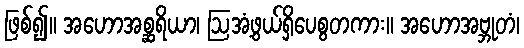
ဖြစ်၍။ အဟောအစ္ဆရိယာ၊ ဩအံ့ဖွယ်ရှိပေစွတကား။ အဟောအဗ္ဘုတံ၊